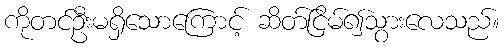
ကိုတင်ဦးမရှိသောကြောင့် ဆိတ်ငြိမ်၍သွားလေသည်။